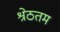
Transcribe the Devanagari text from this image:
श्रेठतम